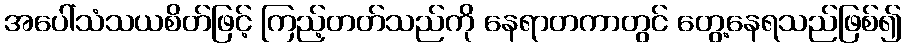
အပေါ်သံသယစိတ်ဖြင့် ကြည့်တတ်သည်ကို နေရာတကာတွင် တွေ့နေရသည်ဖြစ်၍